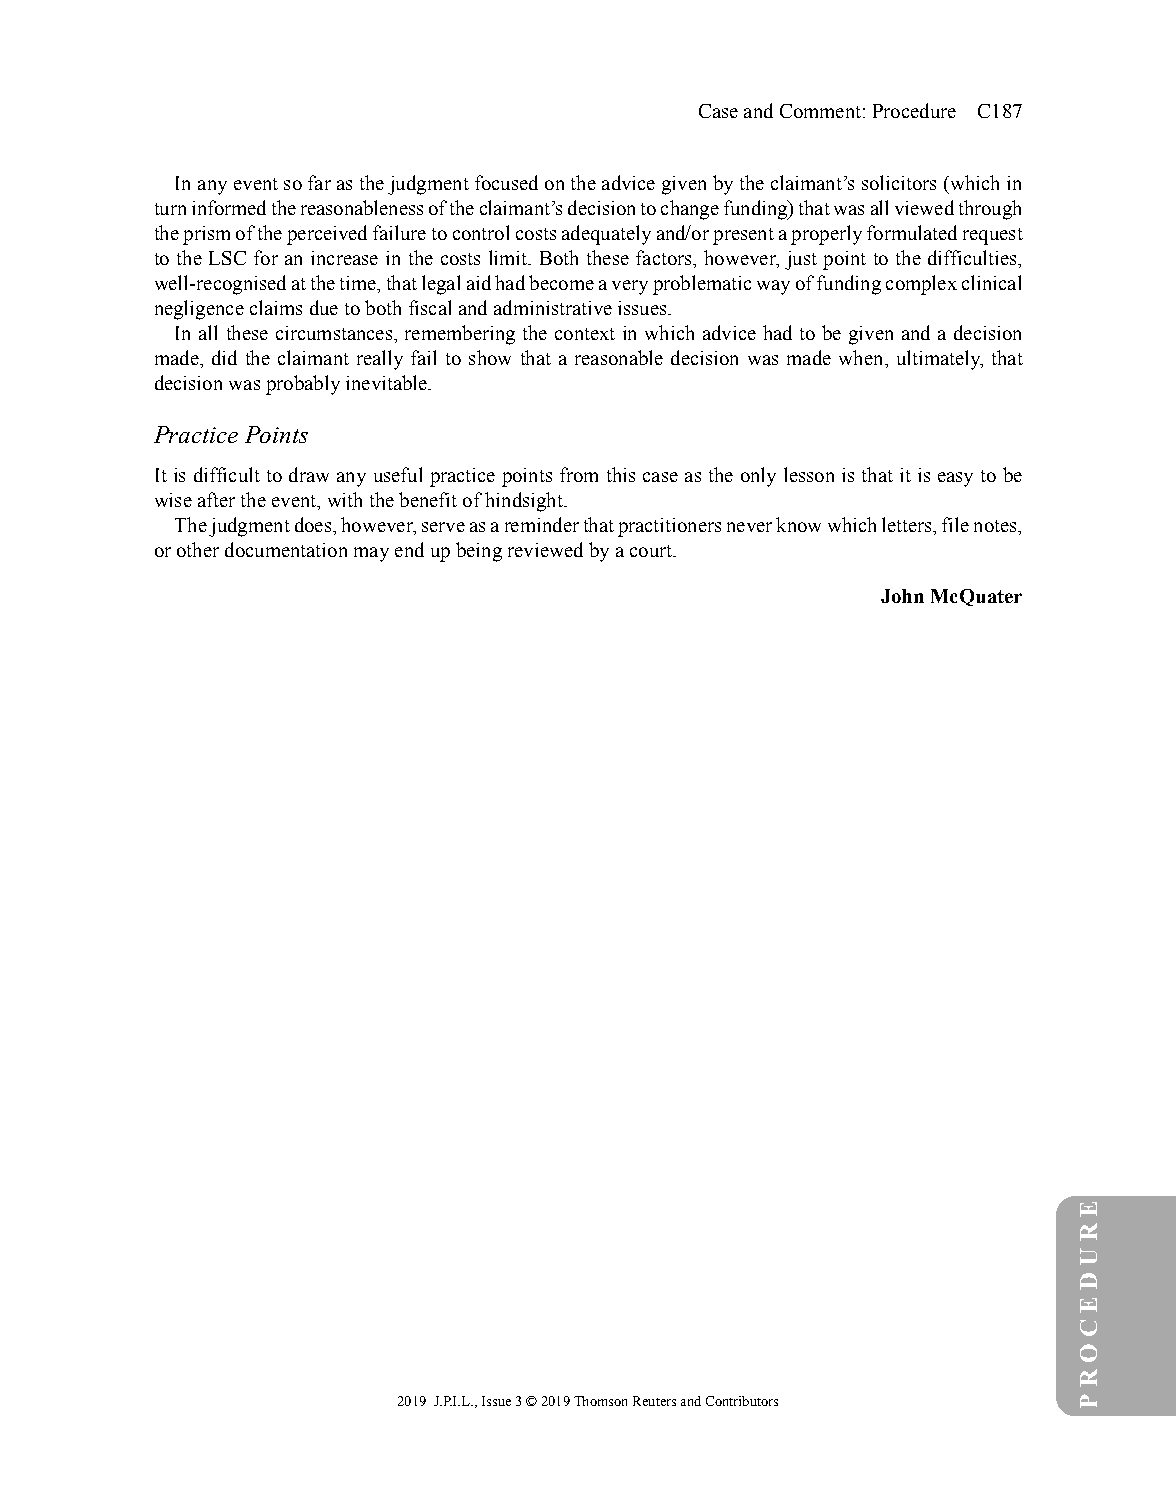
CaseandComment:Procedure C187
 Inanyeventsofarasthejudgmentfocusedontheadvicegivenbytheclaimant’ssolicitors(whichin
 turninformedthereasonablenessoftheclaimant’sdecisiontochangefunding)thatwasallviewedthrough
 theprismoftheperceivedfailuretocontrolcostsadequatelyand/orpresentaproperlyformulatedrequest
 to the LSC for an increase in the costs limit. Both these factors, however, just point to the difficulties,
 well-recognisedatthetime,thatlegalaidhadbecomeaveryproblematicwayoffundingcomplexclinical
 negligenceclaimsduetobothfiscalandadministrativeissues.
 In all these circumstances, remembering the context in which advice had to be given and a decision
 made, did the claimant really fail to show that a reasonable decision was made when, ultimately, that
 decisionwasprobablyinevitable.
 PracticePoints
 It is difficultto drawany usefulpracticepointsfrom thiscaseastheonly lessonis thatitis easyto be
 wiseaftertheevent,withthebenefitofhindsight.
 Thejudgmentdoes,however,serveasareminderthatpractitionersneverknowwhichletters,filenotes,
 orotherdocumentationmayendupbeingreviewedbyacourt.
 JohnMcQuater
 2019 J.P.I.L.,Issue3©2019ThomsonReutersandContributors
 ERUD
 EC
 ORP